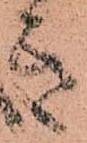
き